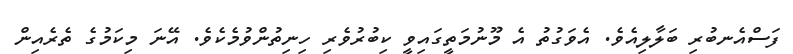
ފަސްއެނބުރި ބަލާލިއެވެ. އެވަގުތު އެ މޫނުމަތީގައިވީ ކިބުރުވެރި ހިނިތުންވުމެކެވެ. އޭނަ މިކަމުގެ ތެރެއިން